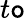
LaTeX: t\mathtt{o}